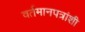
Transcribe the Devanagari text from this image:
वर्तमानपत्रांशी